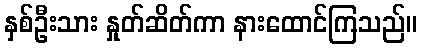
နှစ်ဦးသား နှုတ်ဆိတ်ကာ နားထောင်ကြသည်။